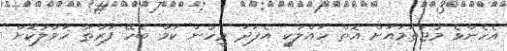
އެހެންވެ މުޖުތަމައަށް އޮތް ހައްލަކީ އެފަދަ މީހުން ކަމާ ބެހޭ ފަރާތާ ހަވާލުކޮށް